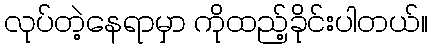
လုပ်တဲ့နေရာမှာ ကိုထည့်ခိုင်းပါတယ်။